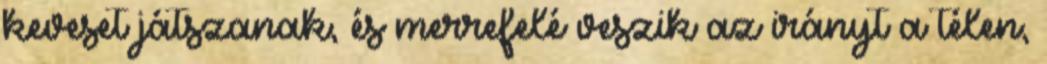
keveset játszanak, és merrefelé veszik az irányt a télen,